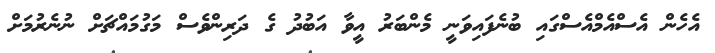
އެހެން އެސްއެމްއެސްގައި ބުނެފައިވަނީ މެންބަރު އީވާ އަބުދު ގެ ދަރިންވެސް މަގުމައްޗަށް ނުނެރުމަށް